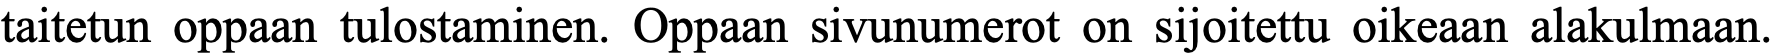
taitetun oppaan tulostaminen. Oppaan sivunumerot on sijoitettu oikeaan alakulmaan.